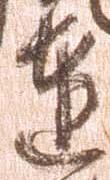
達